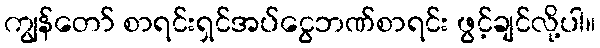
ကျွန်တော် စာရင်းရှင်အပ်ငွေဘဏ်စာရင်း ဖွင့်ချင်လို့ပါ။